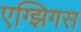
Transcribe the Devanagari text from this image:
एग्झिगस